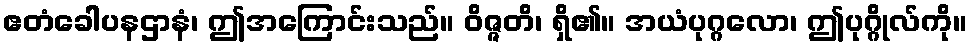
ဧတံခေါပနဌာနံ၊ ဤအကြောင်းသည်။ ဝိဇ္ဇတိ၊ ရှိ၏။ အယံပုဂ္ဂလော၊ ဤပုဂ္ဂိုလ်ကို။